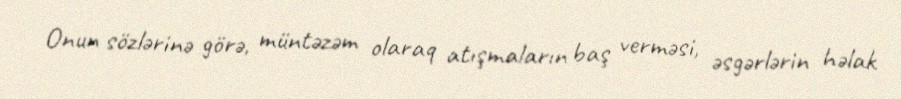
Onun sözlərinə görə, müntəzəm olaraq atışmaların baş verməsi, əsgərlərin həlak